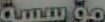
مؤسسة